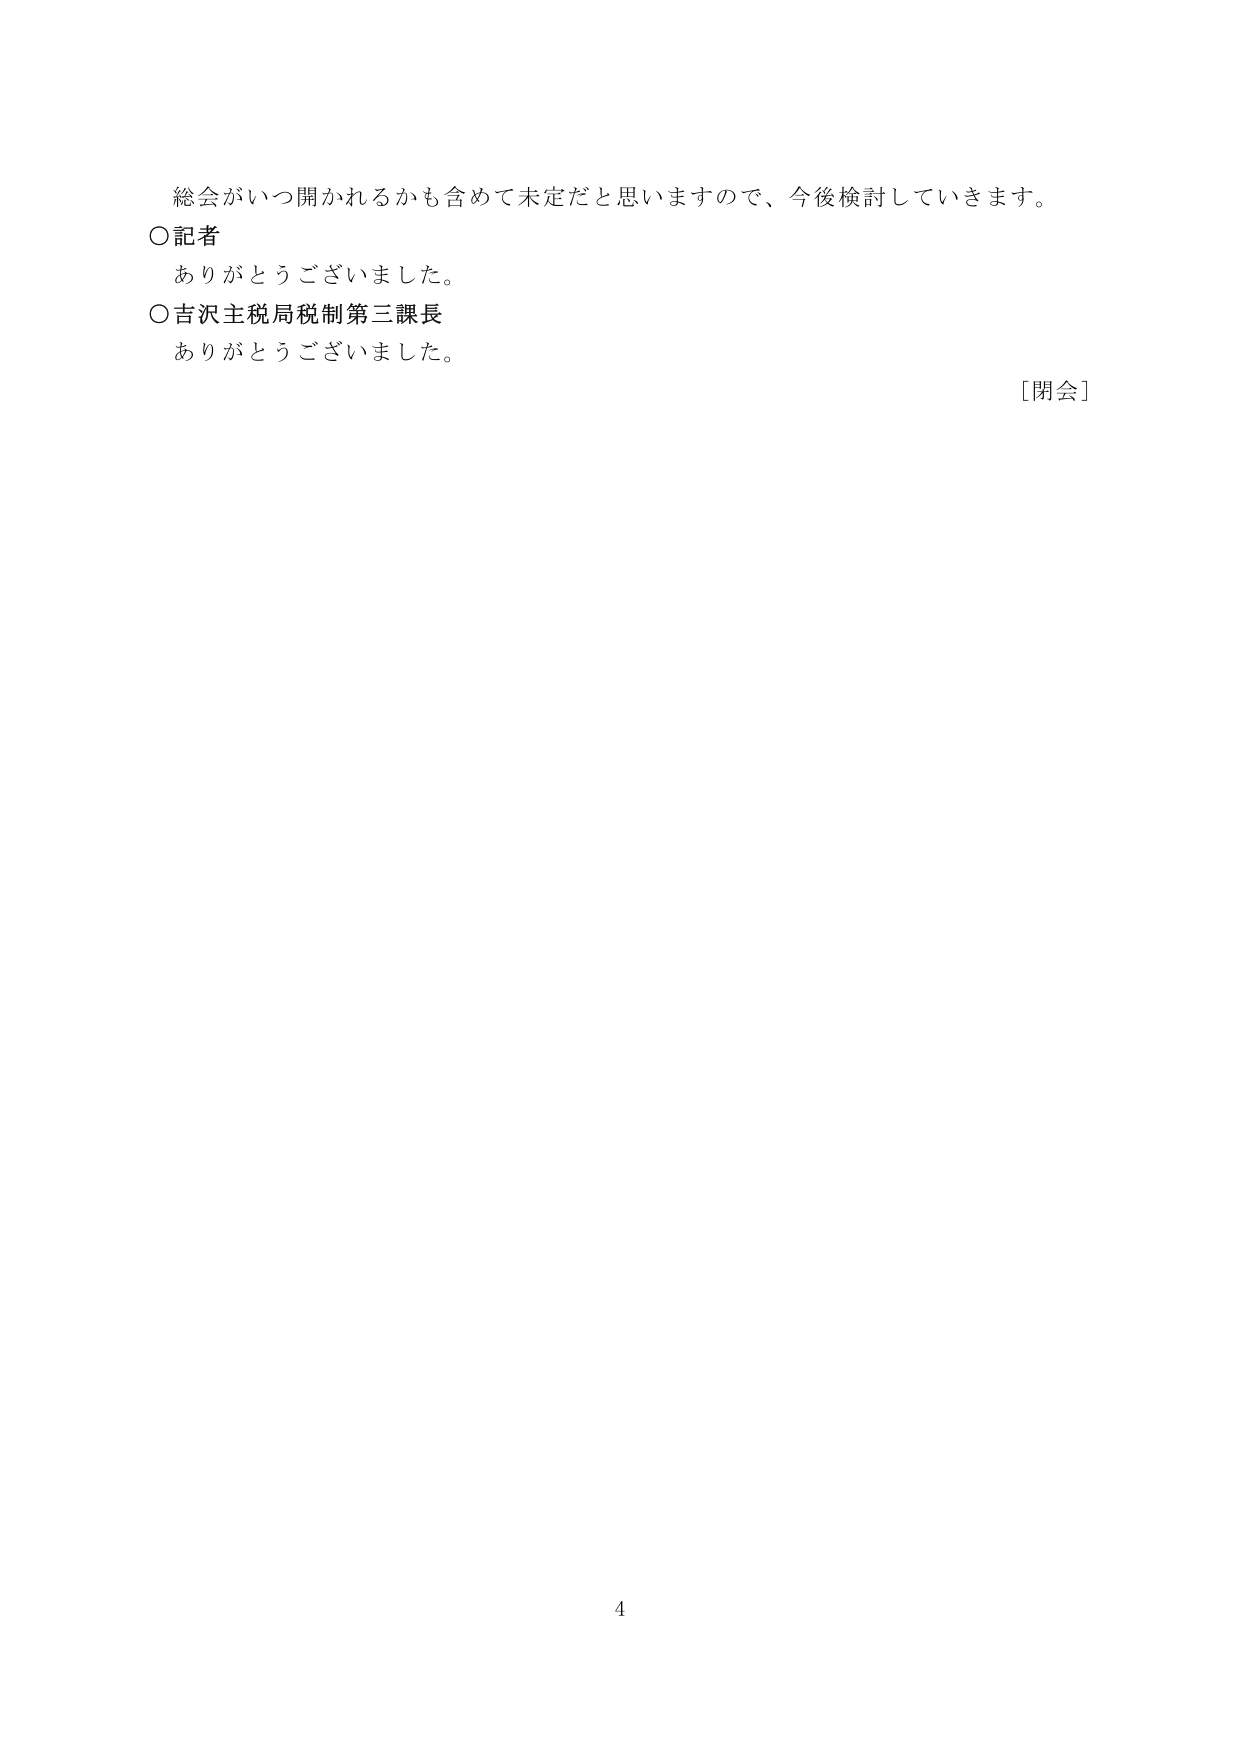
総会がいつ開かれるかも含めて未定だと思いますので、今後検討していきます。

〇記者
ありがとうございました。

〇吉沢主税局税制第三課長
ありがとうございました。

［閉会］

4